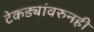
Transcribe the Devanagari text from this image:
टेकड्यांवरुनही